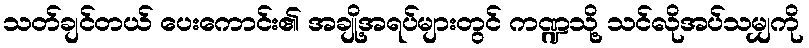
သတ်ချင်တယ် ပေးကောင်း၏ အချို့အရပ်များတွင် ကဏ္ဍသို့ သင်လိုအပ်သမျှကို